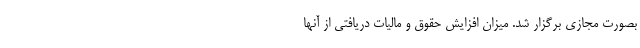
بصورت مجازی برگزار شد. میزان افزایش حقوق و مالیات دریافتی از آنها